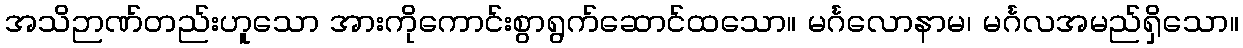
အသိဉာဏ်တည်းဟူသော အားကိုကောင်းစွာရွက်ဆောင်ထသော။ မင်္ဂလောနာမ၊ မင်္ဂလအမည်ရှိသော။